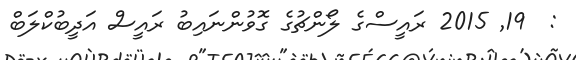
:  19